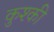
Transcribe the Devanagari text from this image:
कुश्की